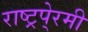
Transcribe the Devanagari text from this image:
राष्ट्रपे्रमी